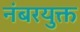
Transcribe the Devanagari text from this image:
नंबरयुक्त